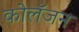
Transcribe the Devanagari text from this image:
कोलॅजन